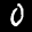
Label: 0